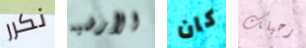
نكرر الأرضيه كان رحيلك